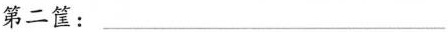
第二筐：___